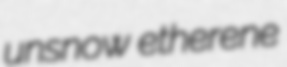
unsnow etherene